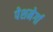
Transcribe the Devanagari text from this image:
पेशमेर्गा